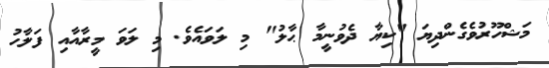
މަޝްހޫރުވެގެންދިޔަ "ކިޔާ ދެވުނީމާ ޙާލު" މި ލަވައެވެ. މި ލަވަ މީރާއާއި ފަލާހު